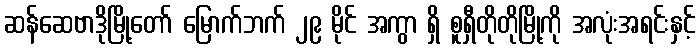
ဆန်ဆေဗာဒိုမြို့တော် မြောက်ဘက် ၂၉ မိုင် အကွာ ရှိ စူရှီတိုတိုမြို့ကို အလုံးအရင်းနှင့်